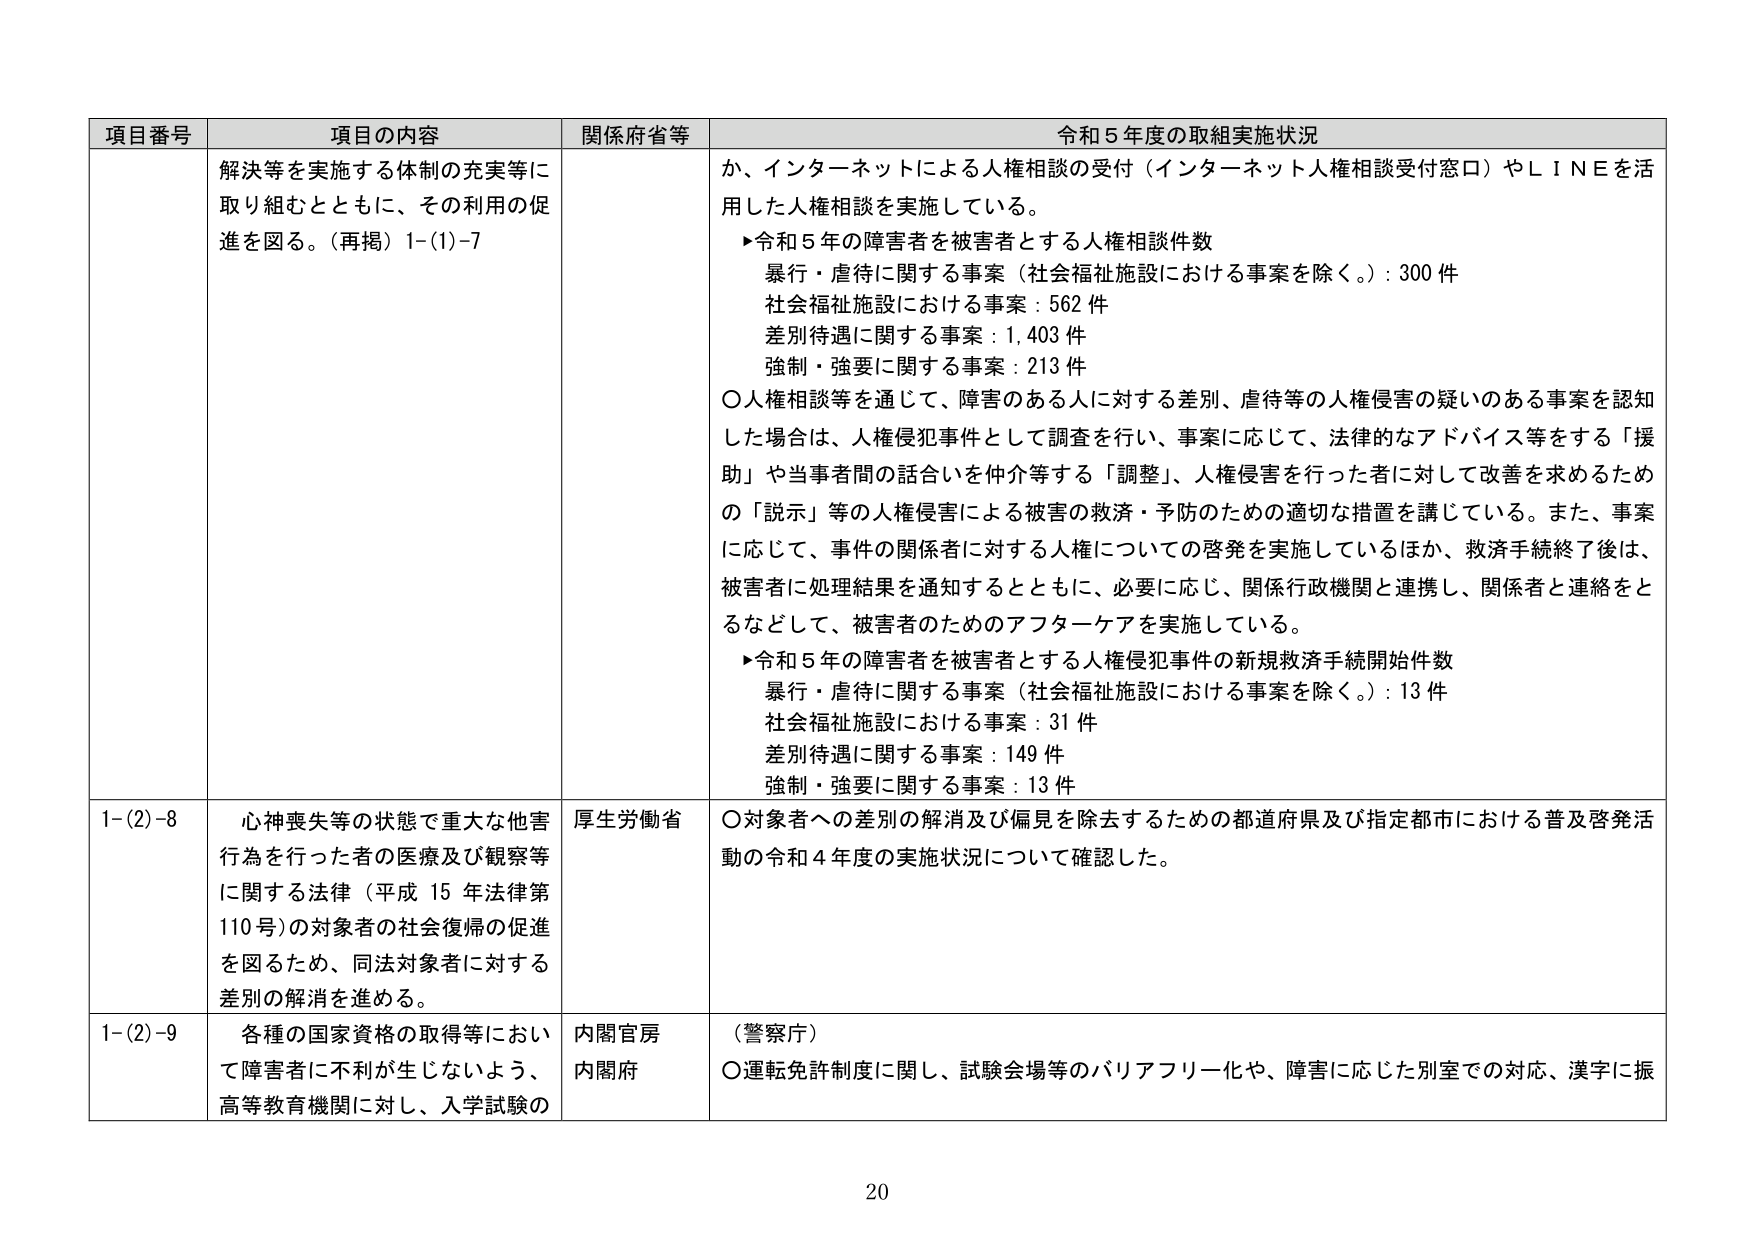
項目番号 項目の内容 関係府省等 令和５年度の取組実施状況
解決等を実施する体制の充実等に
取り組むとともに、その利用の促
進を図る。（再掲）1-(1)-7
か、インターネットによる人権相談の受付（インターネット人権相談受付窓口）やＬＩＮＥを活
用した人権相談を実施している。
▶令和５年の障害者を被害者とする人権相談件数
暴行・虐待に関する事案（社会福祉施設における事案を除く。）：300件
社会福祉施設における事案：562件
差別待遇に関する事案：1,403件
強制・強要に関する事案：213件
〇人権相談等を通じて、障害のある人に対する差別、虐待等の人権侵害の疑いのある事案を認知
した場合は、人権侵犯事件として調査を行い、事案に応じて、法律的なアドバイス等をする「援助」や当事者間の話合いを仲介等する「調整」、人権侵害を行った者に対して改善を求めるため
の「説示」等の人権侵害による被害の救済・予防のための適切な措置を講じている。また、事案
に応じて、事件の関係者に対する人権についての啓発を実施しているほか、救済手続終了後は、
被害者に処理結果を通知するとともに、必要に応じ、関係行政機関と連携し、関係者と連絡をと
るなどして、被害者のためのアフターケアを実施している。
▶令和５年の障害者を被害者とする人権侵犯事件の新規救済手続開始件数
暴行・虐待に関する事案（社会福祉施設における事案を除く。）：13件
社会福祉施設における事案：31件
差別待遇に関する事案：149件
強制・強要に関する事案：13件
1-(2)-8 心神喪失等の状態で重大な他害
行為を行った者の医療及び観察等
に関する法律（平成15年法律第
110号）の対象者の社会復帰の促進
を図るため、同法対象者に対する
差別の解消を進める。 厚生労働省
〇対象者への差別の解消及び偏見を除去するための都道府県及び指定都市における普及啓発活
動の令和４年度の実施状況について確認した。
1-(2)-9 各種の国家資格の取得等におい
て障害者に不利が生じないよう、
高等教育機関に対し、入学試験の 内閣官房
内閣府 （警察庁）
〇運転免許制度に関し、試験会場等のバリアフリー化や、障害に応じた別室での対応、漢字に振
20